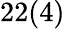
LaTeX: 22(4)